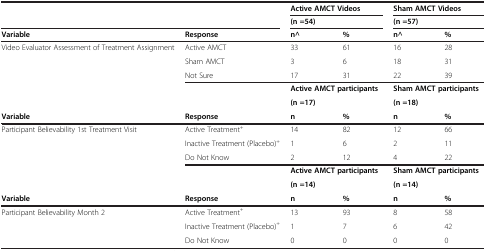
<table><thead><tr><td rowspan="2" colspan="2"></td><td colspan="2"><b>Active AMCT Videos</b></td><td colspan="2"><b>Sham AMCT Videos</b></td></tr><tr><td colspan="2"><b>(n =54)</b></td><td colspan="2"><b>(n =57)</b></td></tr><tr><td><b>Variable</b></td><td><b>Response</b></td><td><b>n^</b></td><td><b>%</b></td><td><b>n^</b></td><td><b>%</b></td></tr></thead><tbody><tr><td rowspan="3">Video Evaluator Assessment of Treatment Assignment</td><td>Active AMCT</td><td>33</td><td>61</td><td>16</td><td>28</td></tr><tr><td>Sham AMCT</td><td>3</td><td>6</td><td>18</td><td>31</td></tr><tr><td>Not Sure</td><td>17</td><td>31</td><td>22</td><td>39</td></tr><tr><td rowspan="2" colspan="2"></td><td colspan="2"><b>Active AMCT participants</b></td><td colspan="2"><b>Sham AMCT participants</b></td></tr><tr><td colspan="2"><b>(n =17)</b></td><td colspan="2"><b>(n =18)</b></td></tr><tr><td><b>Variable</b></td><td><b>Response</b></td><td><b>n</b></td><td><b>%</b></td><td><b>n</b></td><td><b>%</b></td></tr><tr><td rowspan="3">Participant Believability 1st Treatment Visit</td><td>Active Treatment<sup>+</sup></td><td>14</td><td>82</td><td>12</td><td>66</td></tr><tr><td>Inactive Treatment (Placebo)<sup>+</sup></td><td>1</td><td>6</td><td>2</td><td>11</td></tr><tr><td>Do Not Know</td><td>2</td><td>12</td><td>4</td><td>22</td></tr><tr><td rowspan="2"></td><td rowspan="2"></td><td colspan="2"><b>Active AMCT participants</b></td><td colspan="2"><b>Sham AMCT participants</b></td></tr><tr><td colspan="2"><b>(n =14)</b></td><td colspan="2"><b>(n =14)</b></td></tr><tr><td><b>Variable</b></td><td><b>Response</b></td><td><b>n</b></td><td><b>%</b></td><td><b>n</b></td><td><b>%</b></td></tr><tr><td rowspan="3">Participant Believability Month 2</td><td>Active Treatment<sup>+</sup></td><td>13</td><td>93</td><td>8</td><td>58</td></tr><tr><td>Inactive Treatment (Placebo)<sup>+</sup></td><td>1</td><td>7</td><td>6</td><td>42</td></tr><tr><td>Do Not Know</td><td>0</td><td>0</td><td>0</td><td>0</td></tr></tbody></table>